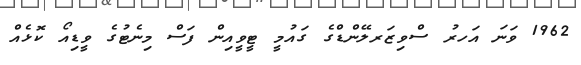
1962 ވަނަ އަހރު ސްވިޒަރލޭންޑްގެ ގައުމީ ޓީވީއިން ފަސް މިނެޓުގެ ވީޑިއޯ ކޮޅެއް